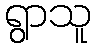
ရွာသူ